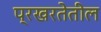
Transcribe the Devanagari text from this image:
प्रखरतेतील